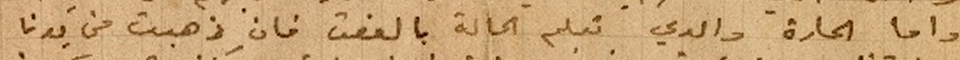
واما الحارة والدي تعلم الحالة بالوقت فان ذهبت من يدنا